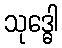
သုဒ္ဓေါ